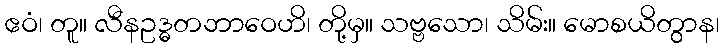
ဧဝံ၊ တူ။ လီနဥဒ္ဓတဘာဝေဟိ၊ တို့မှ။ သဗ္ဗသော၊ သိမ်း။ မောစယိတွာန၊